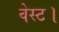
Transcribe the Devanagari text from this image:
वेस्ट।